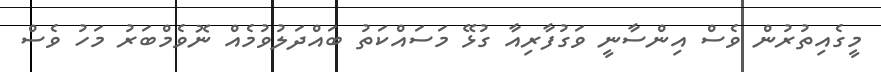
މީގެއިތުރުން ވެސް އިންސާނީ ވަގުފާރިއާ ގުޅޭ މަސައްކަތު ބައްދަލުވުމެއް ނޮވެމްބަރު މަހު ވެސް